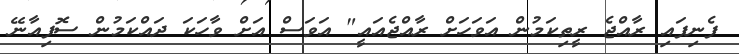
ފެނިފައި ރާއްޖެ ރީތިކަމުން އަަވަހަށް ރާއްޖެއައީ" އަވަސް އަށް ވާހަކަ ދައްކަމުން ސޮފިއާނޭ